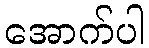
အောက်ပါ